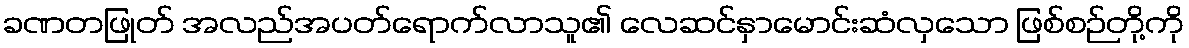
ခဏတဖြုတ် အလည်အပတ်ရောက်လာသူ၏ လေဆင်နှာမောင်းဆံလှသော ဖြစ်စဉ်တို့ကို